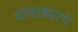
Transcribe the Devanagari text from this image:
पोवाड्याचे